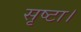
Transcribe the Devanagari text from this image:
सृष्टा।